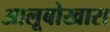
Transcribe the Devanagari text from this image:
आलूबोखारा